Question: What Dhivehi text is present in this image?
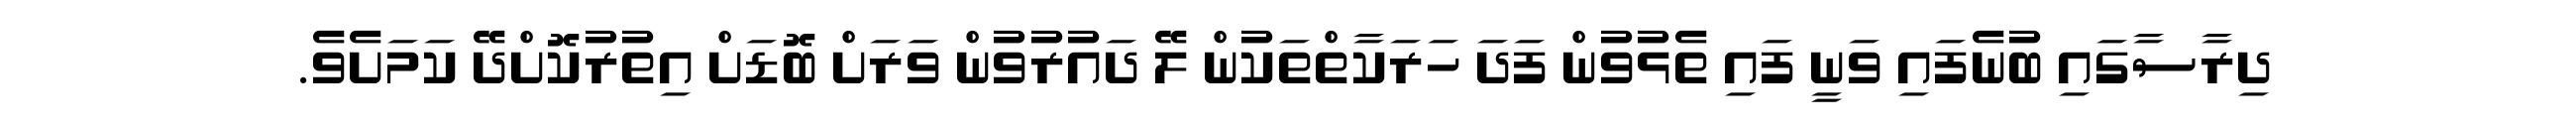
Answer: ދިރާސާގައި ބުނެފައި ވަނީ ފައި ތެޅުވުން ފަދަ ހަރަކާތްތަކުން ލޭ ދައުރުވުން ވަރަށް ބޮޑަށް އިތުރުކޮށްދޭ ކަމަށެވެ.